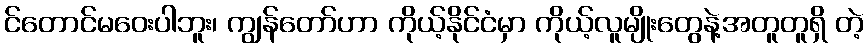
င်တောင်မဝေးပါဘူး၊ ကျွန်တော်ဟာ ကိုယ့်နိုင်ငံမှာ ကိုယ့်လူမျိုးတွေနဲ့အတူတူရှိ တဲ့